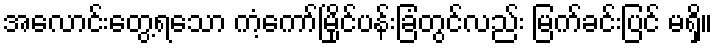
အလောင်းတွေ့ရသော ကံ့ကော်မြိုင်ပန်းခြံတွင်လည်း မြက်ခင်းပြင် မရှိ။